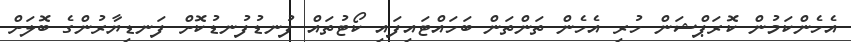
އެހެންކަމުން ކޮރަޕްޝަން ހުރި އެހެން ތަންތަން ބަހައްޓައިފައި ކޯޓުތައް ފުނޑުފުނޑުކޮށް ފަނޑިޔާރުންގެ ބޮލަށް